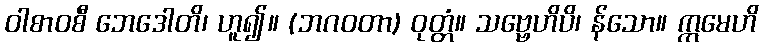
ဝါစာဝစီ ဘေဒေါတိ၊ ဟူ၍။ (ဘဂဝတာ) ဝုတ္တံ။ သဗ္ဗေဟိပိ၊ န်သော။ ဣမေဟိ